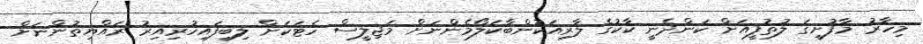
މިހާރު މާފުށީގަ ލުތުފީއަށް ކަންދެނީ ކާކުގެ ލާރިއަކުންބާކަލޯމެންނަށް މަޖިލީސް ހެޓަކަށް ލިބިފައިހުރިއިރު ރައްޔިތުންނަށް